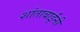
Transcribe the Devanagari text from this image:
शांताबार्इंनी